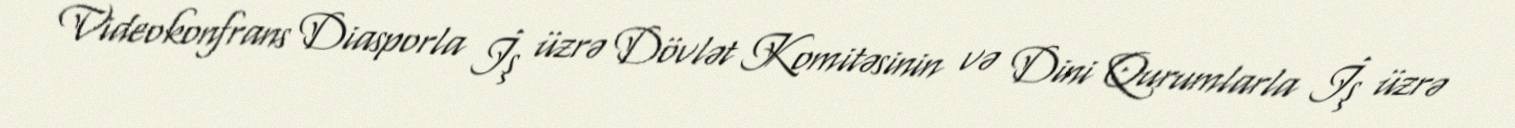
Videokonfrans Diasporla İş üzrə Dövlət Komitəsinin və Dini Qurumlarla İş üzrə